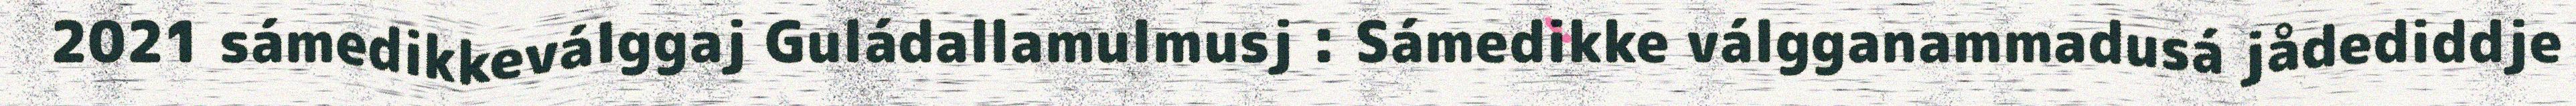
2021 sámedikkeválggaj Guládallamulmusj : Sámedikke válgganammadusá jådediddje